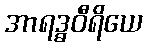
အာရဒ္ဓဝီရိယေ